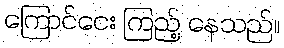
ကြောင်ငေး ကြည့် နေသည်။